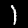
Label: 1